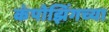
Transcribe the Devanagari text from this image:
कंपोझिंगच्या